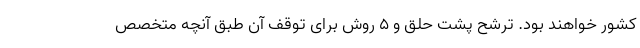
کشور خواهند بود. ترشح پشت حلق و 5 روش برای توقف آن طبق آنچه متخصص